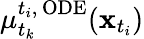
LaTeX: \mu_{t_{k}}^{t_{i},\, \mathrm{ODE}}(\mathbf{x}_{t_{i}})